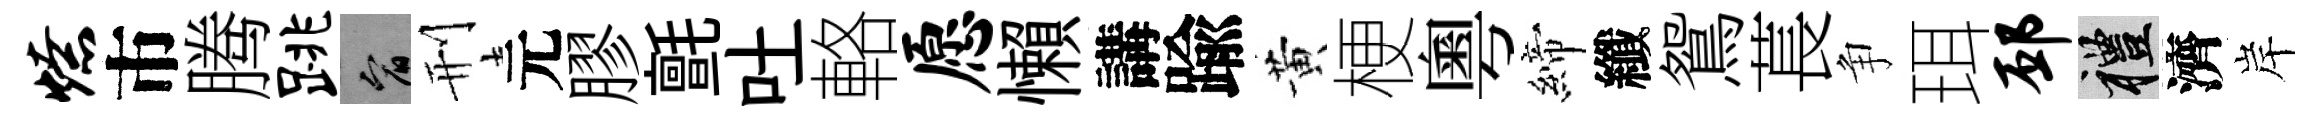
燎市腾跳宥刑元膠氈吐輅愿懶講踰黄梗粵締纖鴛萇争珥邳禮濟岸